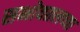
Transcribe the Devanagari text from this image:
सभोवतलच्या